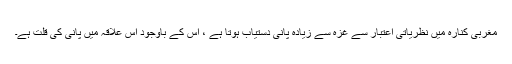
مغربی کنارہ میں نظریاتی اعتبار سے غزہ سے زیادہ پانی دستیاب ہوتا ہے ، اس کے باوجود اس علاقہ میں پانی کی قلت ہے۔